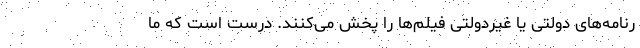
رنامه‌های دولتی یا غیردولتی فیلم‌ها را پخش می‌کنند. درست است که ما